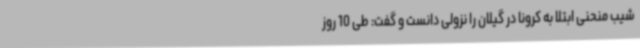
شیب منحنی ابتلا به کرونا در گیلان را نزولی دانست و گفت: طی 10 روز